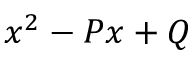
x ^ { 2 } - P x + Q